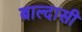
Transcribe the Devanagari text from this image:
बाल्दासी